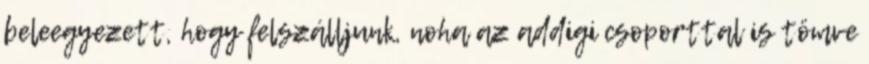
beleegyezett, hogy felszálljunk, noha az addigi csoporttal is tömve